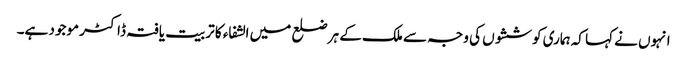
انہوں نے کہا کہ ہماری کوششوں کی وجہ سے ملک کے ہر ضلع میں الشفاء کا تربیت یافتہ ڈاکٹر موجود ہے۔